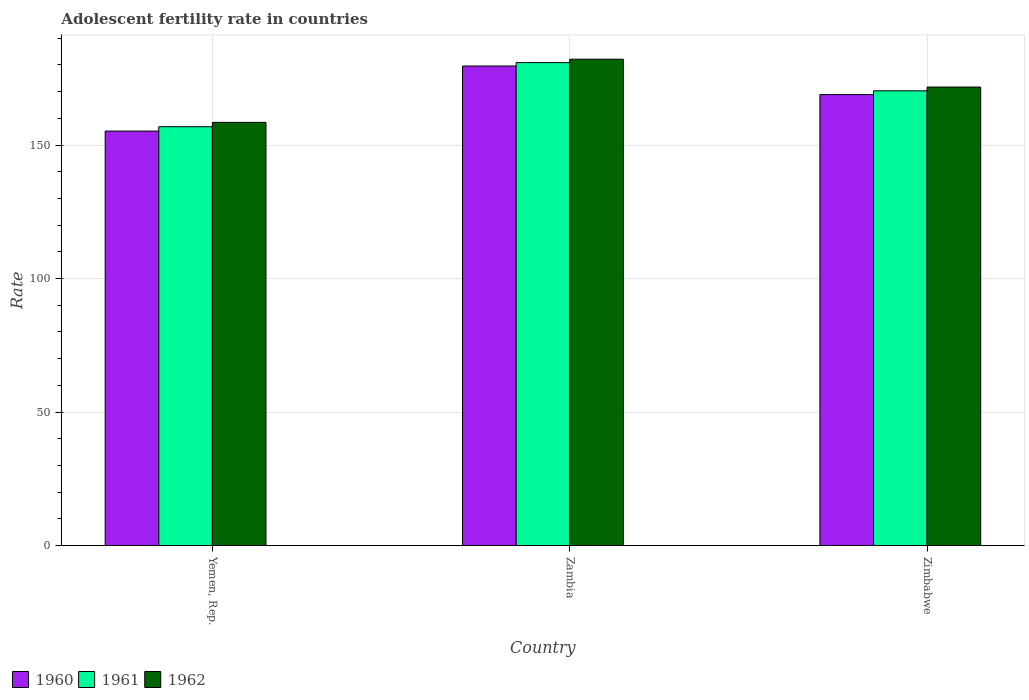
| Country | 1960 | 1961 | 1962 |
 | --- | --- | --- | --- |
 | Yemen, Rep. | 155 | 157 | 158 |
 | Zambia | 180 | 181 | 182 |
 | Zimbabwe | 169 | 170 | 172 |